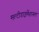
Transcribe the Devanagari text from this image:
मल्टीडाइमेंशनल